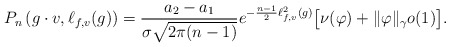
\begin{align*}P_{n} \left( g \cdot v, \ell_{f,v} (g) \right)= \frac{ a_2 - a_1 }{\sigma \sqrt{2\pi (n-1)} } e^{- \frac{n-1}{2} \ell^2_{f,v}(g) } \big[ \nu(\varphi) + \| \varphi \|_{\gamma} o(1) \big].\end{align*}